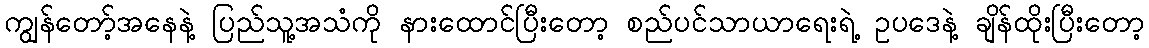
ကျွန်တော့်အနေနဲ့ ပြည်သူ့အသံကို နားထောင်ပြီးတော့ စည်ပင်သာယာရေးရဲ့ ဥပဒေနဲ့ ချိန်ထိုးပြီးတော့